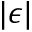
| \epsilon |